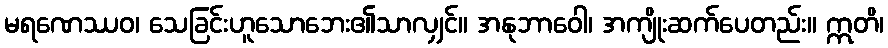
မရဏေဿဝ၊ သေခြင်းဟူသောဘေး၏သာလျှင်။ အနုဘာဝေါ၊ အကျိုးဆက်ပေတည်း။ ဣတိ၊